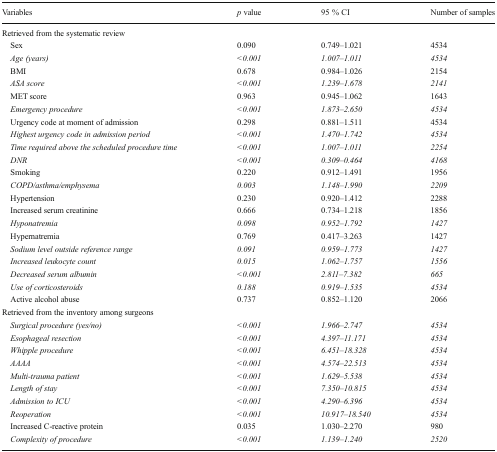
<table><thead><tr><td><b>Variables</b></td><td><b><i>p</i> value</b></td><td><b>95 % CI</b></td><td><b>Number of samples</b></td></tr></thead><tbody><tr><td colspan="4">Retrieved from the systematic review</td></tr><tr><td> Sex</td><td>0.090</td><td>0.749–1.021</td><td>4534</td></tr><tr><td> <i>Age (years)</i></td><td><i>&lt;0.001</i></td><td><i>1.007–1.011</i></td><td><i>4534</i></td></tr><tr><td> BMI</td><td>0.678</td><td>0.984–1.026</td><td>2154</td></tr><tr><td> <i>ASA score</i></td><td><i>&lt;0.001</i></td><td><i>1.239–1.678</i></td><td><i>2141</i></td></tr><tr><td> MET score</td><td>0.963</td><td>0.945–1.062</td><td>1643</td></tr><tr><td> <i>Emergency procedure</i></td><td><i>&lt;0.001</i></td><td><i>1.873–2.650</i></td><td><i>4534</i></td></tr><tr><td> Urgency code at moment of admission</td><td>0.298</td><td>0.881–1.511</td><td>4534</td></tr><tr><td> <i>Highest urgency code in admission period</i></td><td><i>&lt;0.001</i></td><td><i>1.470–1.742</i></td><td><i>4534</i></td></tr><tr><td> <i>Time required above the scheduled procedure time</i></td><td><i>&lt;0.001</i></td><td><i>1.007–1.011</i></td><td><i>2254</i></td></tr><tr><td> <i>DNR</i></td><td><i>&lt;0.001</i></td><td><i>0.309–0.464</i></td><td><i>4168</i></td></tr><tr><td> Smoking</td><td>0.220</td><td>0.912–1.491</td><td>1956</td></tr><tr><td> <i>COPD/asthma/emphysema</i></td><td><i>0.003</i></td><td><i>1.148–1.990</i></td><td><i>2209</i></td></tr><tr><td> Hypertension</td><td>0.230</td><td>0.920–1.412</td><td>2288</td></tr><tr><td> Increased serum creatinine</td><td>0.666</td><td>0.734–1.218</td><td>1856</td></tr><tr><td> <i>Hyponatremia</i></td><td><i>0.098</i></td><td><i>0.952–1.792</i></td><td><i>1427</i></td></tr><tr><td> Hypernatremia</td><td>0.769</td><td>0.417–3.263</td><td>1427</td></tr><tr><td> <i>Sodium level outside reference range</i></td><td><i>0.091</i></td><td><i>0.959–1.773</i></td><td><i>1427</i></td></tr><tr><td> <i>Increased leukocyte count</i></td><td><i>0.015</i></td><td><i>1.062–1.757</i></td><td><i>1556</i></td></tr><tr><td> <i>Decreased serum albumin</i></td><td><i>&lt;0.001</i></td><td><i>2.811–7.382</i></td><td><i>665</i></td></tr><tr><td> <i>Use of corticosteroids</i></td><td><i>0.188</i></td><td><i>0.919–1.535</i></td><td><i>4534</i></td></tr><tr><td> Active alcohol abuse</td><td>0.737</td><td>0.852–1.120</td><td>2066</td></tr><tr><td colspan="4">Retrieved from the inventory among surgeons</td></tr><tr><td> <i>Surgical procedure (yes/no)</i></td><td><i>&lt;0.001</i></td><td><i>1.966–2.747</i></td><td><i>4534</i></td></tr><tr><td> <i>Esophageal resection</i></td><td><i>&lt;0.001</i></td><td><i>4.397–11.171</i></td><td><i>4534</i></td></tr><tr><td> <i>Whipple procedure</i></td><td><i>&lt;0.001</i></td><td><i>6.451–18.328</i></td><td><i>4534</i></td></tr><tr><td> <i>AAAA</i></td><td><i>&lt;0.001</i></td><td><i>4.574–22.513</i></td><td><i>4534</i></td></tr><tr><td> <i>Multi-trauma patient</i></td><td><i>&lt;0.001</i></td><td><i>1.629–5.538</i></td><td><i>4534</i></td></tr><tr><td> <i>Length of stay</i></td><td><i>&lt;0.001</i></td><td><i>7.350–10.815</i></td><td><i>4534</i></td></tr><tr><td> <i>Admission to ICU</i></td><td><i>&lt;0.001</i></td><td><i>4.290–6.396</i></td><td><i>4534</i></td></tr><tr><td> <i>Reoperation</i></td><td><i>&lt;0.001</i></td><td><i>10.917–18.540</i></td><td><i>4534</i></td></tr><tr><td> Increased C-reactive protein</td><td>0.035</td><td>1.030–2.270</td><td>980</td></tr><tr><td> <i>Complexity of procedure</i></td><td><i>&lt;0.001</i></td><td><i>1.139–1.240</i></td><td><i>2520</i></td></tr></tbody></table>